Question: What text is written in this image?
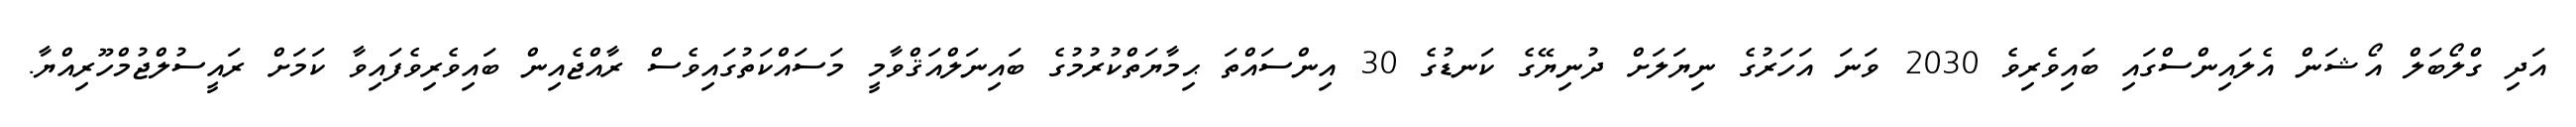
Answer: އަދި ގްލޯބަލް އޯޝަން އެލައިންސްގައި ބައިވެރިވެ 2030 ވަނަ އަހަރުގެ ނިޔަލަށް ދުނިޔޭގެ ކަނޑުގެ 30 އިންސައްތަ ޙިމާޔަތްކުރުމުގެ ބައިނަލްއަޤްވާމީ މަސައްކަތުގައިވެސް ރާއްޖެއިން ބައިވެރިވެފައިވާ ކަމަށް ރައީސުލްޖުމްހޫރިއްޔާ.